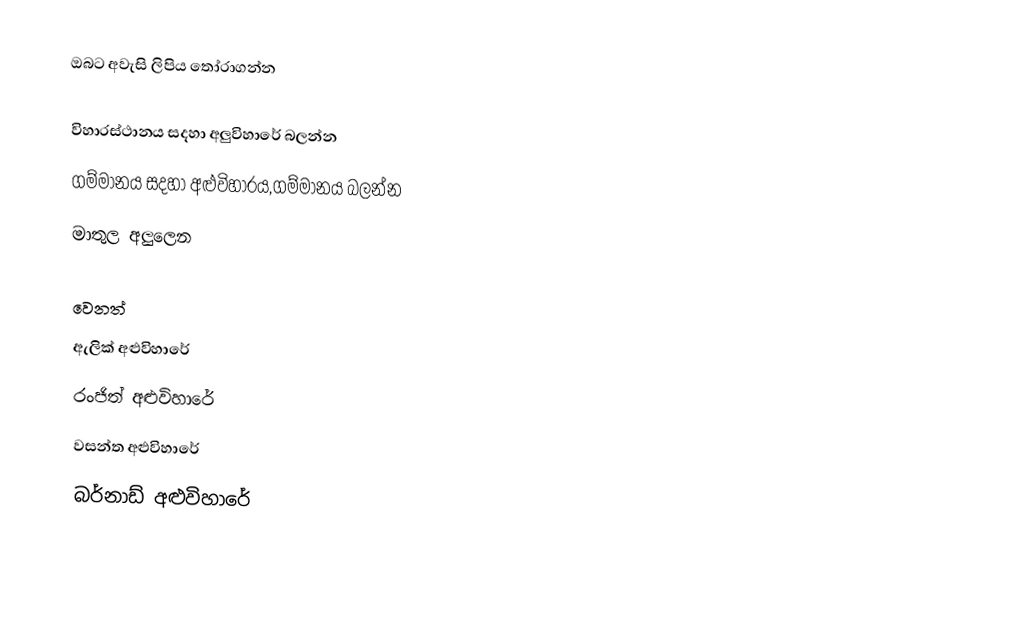
ඔබට අවැසි ලිපිය තෝරාගන්න

 විහාරස්ථානය සදහා අලුවිහාරේ බලන්න
 ගම්මානය සදහා අළුවිහාරය,ගම්මානය බලන්න
 මාතුල අලුලෙන

වෙනත්
 ඇලික් අළුවිහාරේ
 රංජිත් අළුවිහාරේ
 වසන්ත අළුවිහාරේ
 බර්නාඩ් අළුවිහාරේ